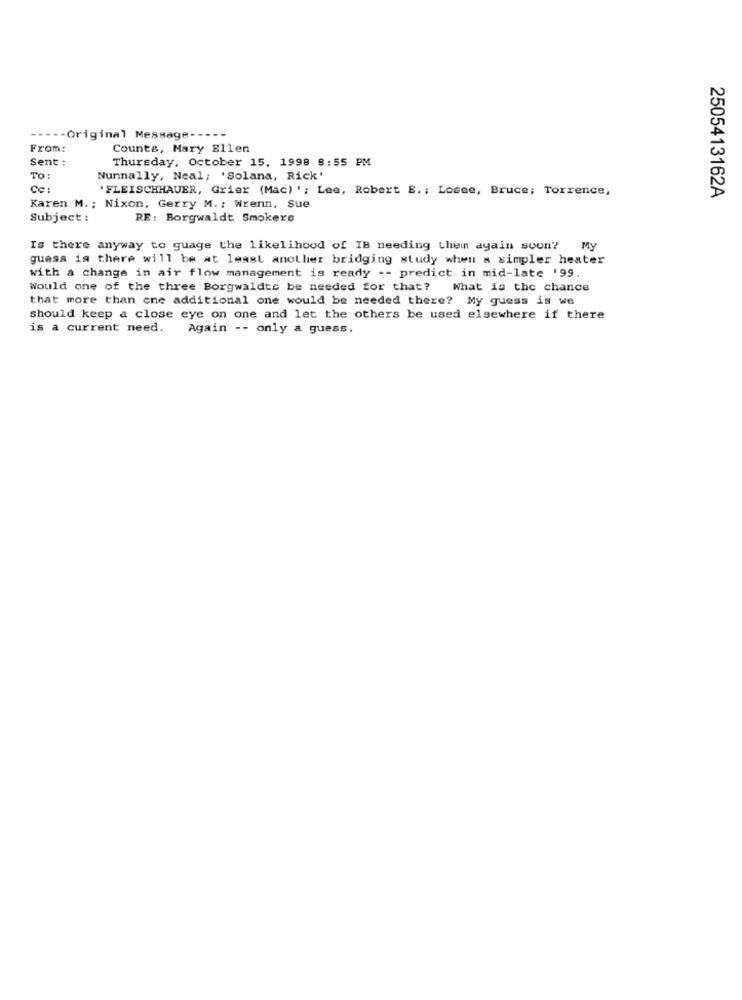
----- Original Message ---
From:
Counts, Mary Ellen
Sent:
Thursday, October 15, 1998 8:55 PM
TO:
Nunnally, Neal; 'Solana, Rick'
Cc:
'FLEISCHHAUER, Grier (Mac) '; Lee, Robert E .; Losee, Bruce; Torrence,
2505413162A
Karen M .; Nixon, Gerry M. ; Wrenn, Sue
Subject:
RE: Borgwaldt Smokers
Is there anyway to guage the likelihood of IB needing them again soon?
My
guess is there will be at least another bridging study when a simpler heater
with a change in air flow management is ready -- predict in mid-late '99.
Would one of the three Borgwaldts be needed for that? What is the chance
that more than one additional one would be needed there? My guess is we
should keep a close eye on one and let the others be used elsewhere if there
is a current need. Again -- only a guess.